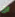
ان